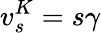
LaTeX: v_{s}^{K}=s\gamma